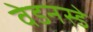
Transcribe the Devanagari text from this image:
वेडनस्डे